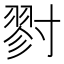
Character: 𡭁